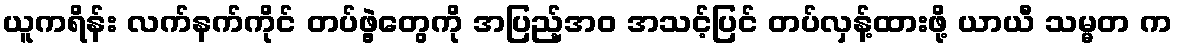
ယူကရိန်း လက်နက်ကိုင် တပ်ဖွဲ့တွေကို အပြည့်အဝ အသင့်ပြင် တပ်လှန့်ထားဖို့ ယာယီ သမ္မတ က